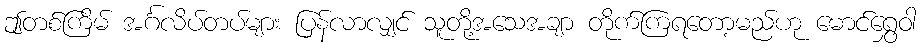
ဤတစ်ကြိမ် အင်္ဂလိပ်တပ်များ ပြန်လာလျှင် သူတို့အသေအချာ တိုက်ကြရတော့မည်ဟု မောင်ရွှေဝါ